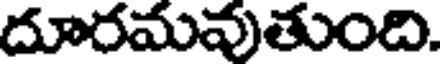
దూరమవుతుంది.